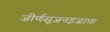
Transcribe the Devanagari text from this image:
जीर्णसूजनइज़ाफ़